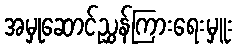
အမှုဆောင်ညွှန်ကြားရေးမှူး